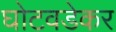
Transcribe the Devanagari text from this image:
घोटवडेकर